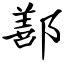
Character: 鄯